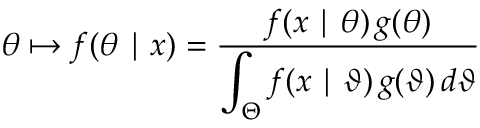
\theta \mapsto f ( \theta \mid x ) = { \frac { f ( x \mid \theta ) \, g ( \theta ) } { \displaystyle \int _ { \Theta } f ( x \mid \vartheta ) \, g ( \vartheta ) \, d \vartheta } }